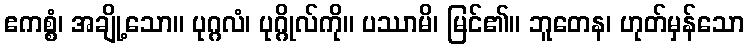
ဧကစ္စံ၊ အချို့သော။ ပုဂ္ဂလံ၊ ပုဂ္ဂိုလ်ကို။ ပဿာမိ၊ မြင်၏။ ဘူတေန၊ ဟုတ်မှန်သော